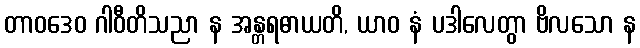
တာဝဒေဝ ဂါဝီတိသညာ န အန္တရဓာယတိ, ယာဝ နံ ပဒါလေတွာ ဗိလသော န